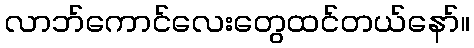
လာဘ်ကောင်လေးတွေထင်တယ်နော်။